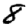
Digit: 8